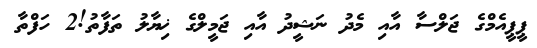
ޕީޕީއެމްގެ ޖަލްސާ އާއި މެދު ނަޝީދު އާއި ޖަމީލްގެ ޚިޔާލު ތަފާތު!2 ހަފްތާ